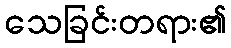
သေခြင်းတရား၏